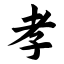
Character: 孝